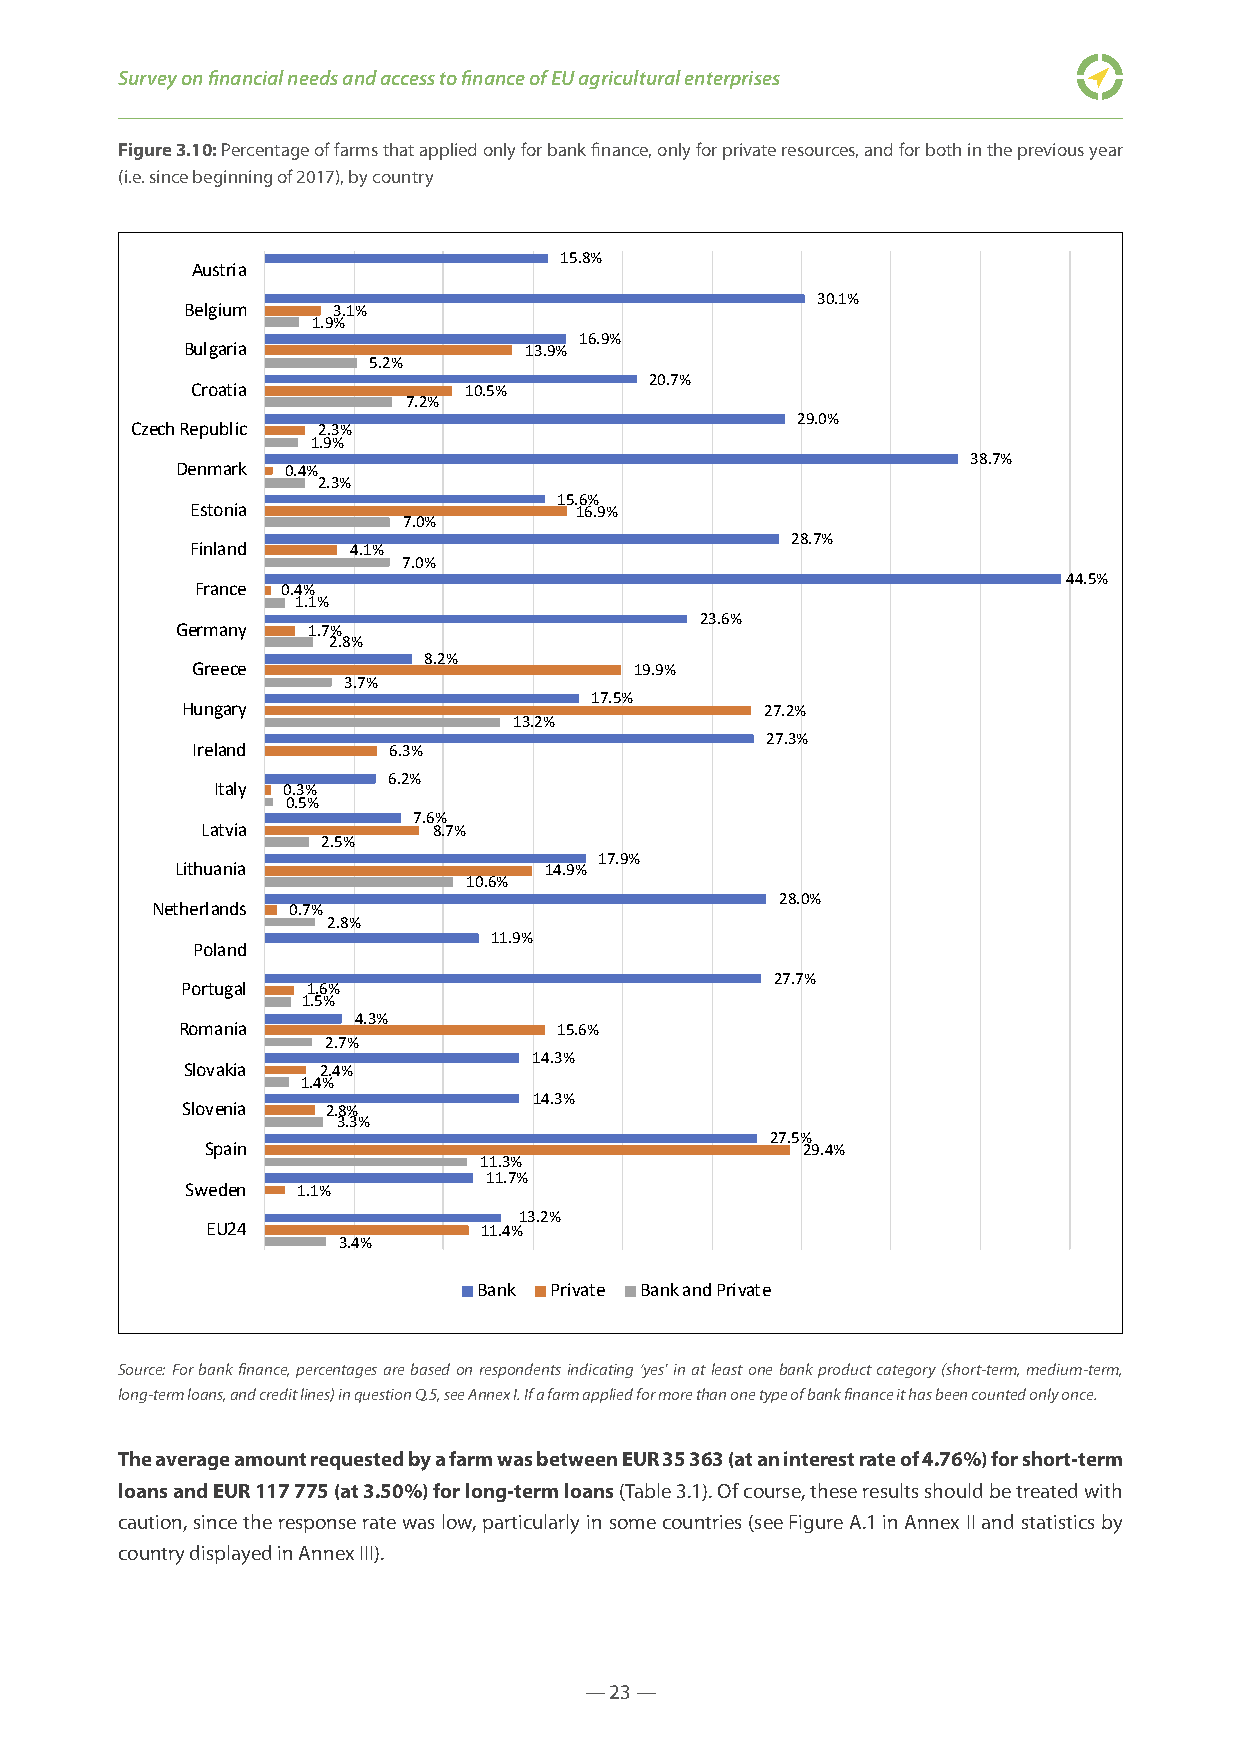
Survey on financial needs and access to finance of EU agricultural enterprises
 Figure 3.10: Percentage of farms that applied only for bank finance, only for private resources, and for both in the previous year
 (i.e. since beginning of 2017), by country
 0%    5%   10%   15%   20%   25%   30%   35%   40%   45%
 15.8%
 Austria
 30.1%
 Belgium   3.1%
 1.9%
 16.9%
 Bulgaria               13.9%
 5.2%
 20.7%
 Croatia           10.5%
 7.2%
 29.0%
 Czech Republic 2.3%
 1.9%
 38.7%
 Denmark 0.4%
 2.3%
 15.6%
 Estonia                  16.9%
 7.0%
 28.7%
 Finland   4.1%
 7.0%
 44.5%
 France 0.4%
 1.1%
 23.6%
 Germany 1.7%
 2.8%
 8.2%
 Greece                       19.9%
 3.7%
 17.5%
 Hungary                                27.2%
 13.2%
 27.3%
 Ireland      6.3%
 6.2%
 Italy 0.3%
 0.5%
 7.6%
 Latvia          8.7%
 2.5%
 17.9%
 Lithuania               14.9%
 10.6%
 28.0%
 Netherlands 0.7%
 2.8%
 11.9%
 Poland
 27.7%
 Portugal 1.6%
 1.5%
 4.3%
 Romania                  15.6%
 2.7%
 14.3%
 Slovakia 2.4%
 1.4%
 14.3%
 Slovenia  2.8%
 3.3%
 27.5%
 Spain                                  229.4%
 11.3%
 11.7%
 Sweden  1.1%
 13.2%
 EU24              11.4%
 3.4%
 Bank Private Bank and Private
 Source: For bank finance, percentages are based on respondents indicating ‘yes’ in at least one bank product category (short-term, medium-term,
 long-term loans, and credit lines) in question Q.5, see Annex I. If a farm applied for more than one type of bank finance it has been counted only once.
 The average amount requested by a farm was between EUR 35 363 (at an interest rate of 4.76%) for short-term
 loans and EUR 117 775 (at 3.50%) for long-term loans (Table 3.1). Of course, these results should be treated with
 caution, since the response rate was low, particularly in some countries (see Figure A.1 in Annex II and statistics by
 country displayed in Annex III).
 — 23 —